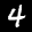
Label: 4